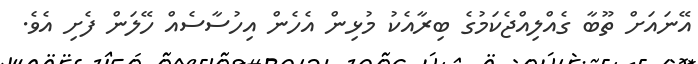
އޭނައަށް ތޫބާ ގެއްލިއްޖެކަމުގެ ބިރާއެކު މުޅިން އެހެން އިހުސާސެއް ހޭލަން ފެށި އެވެ.